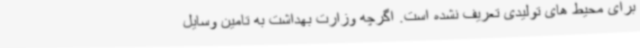
برای محیط های تولیدی تعریف نشده است. اگرچه وزارت بهداشت به تامین وسایل